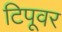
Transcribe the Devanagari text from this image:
टिपूवर